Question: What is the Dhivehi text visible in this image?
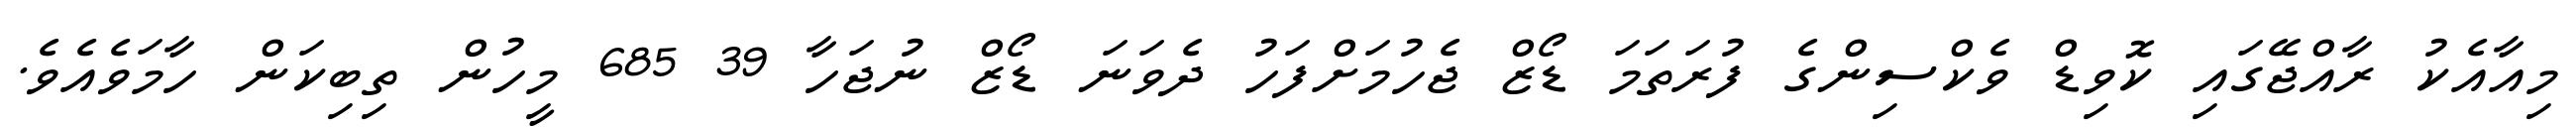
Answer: މިއާއެކު ރާއްޖޭގައި ކޮވިޑް ވެކްސިންގެ ފުރަތަމަ ޑޯޒް ޖެހުމަށްފަހު ދެވަނަ ޑޯޒް ނުޖަހާ 39 685 މީހުން ތިބިކަން ހާމަވެއެވެ.